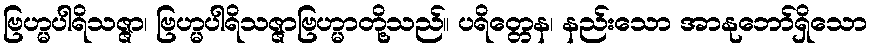
ဗြဟ္မပါရိသဇ္ဇာ၊ ဗြဟ္မပါရိသဇ္ဇာဗြဟ္မာတို့သည်။ ပရိတ္တေန၊ နည်းသော အာနုဘော်ရှိသော